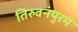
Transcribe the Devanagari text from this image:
तिरुवनंपुरम